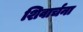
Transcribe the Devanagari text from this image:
शिवार्चना